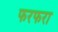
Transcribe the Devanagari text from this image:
फरफरा